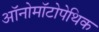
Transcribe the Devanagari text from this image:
ऑनोमॉटोपेथिक